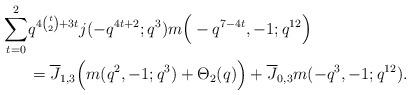
LaTeX: \begin{align*} \sum_{t=0}^{2}&q^{4\binom{t}{2}+3t}j(-q^{4t+2};q^3)m\Big (-q^{7-4t},-1;q^{12}\Big )\\&=\overline{J}_{1,3}\Big ( m(q^2,-1;q^3)+\Theta_2(q)\Big ) +\overline{J}_{0,3}m(-q^{3},-1;q^{12}).\end{align*}